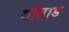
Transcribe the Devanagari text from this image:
गोताड